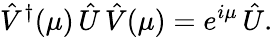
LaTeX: \hat{V}^{\dagger}(\mu)\, \hat{U}\, \hat{V}(\mu)=e^{i\mu}\, \hat{U}.